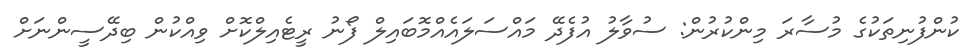
ކުންފުނިތަކުގެ މުސާރަ މިންކުރުން: ސުވާލު އުފެދޭ މައްސަލައެއްމޮބައިލް ފޯނު ރީޓެއިލްކޮށް ވިއްކުން ބިދޭސީންނަށް